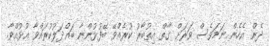
ދެން އެހެން ނަމަވެސް ވަރަށް ގާތް އިތުބާރު ކުރެއްވޭ ބޭފުޅުންނާ ބައްދަލުކުރައްވާ އުޅުއްވާ.